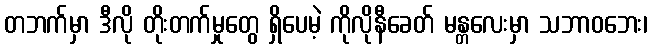
တဘက်မှာ ဒီလို တိုးတက်မှုတွေ ရှိပေမဲ့ ကိုလိုနီခေတ် မန္တလေးမှာ သဘာဝဘေး၊